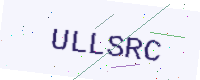
Text: ULLSRC